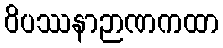
ဝိပဿနာဉာဏကထာ